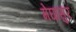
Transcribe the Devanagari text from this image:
मेघासुर